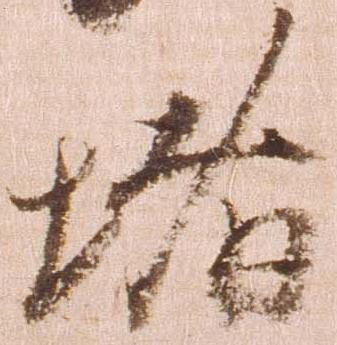
堵